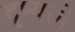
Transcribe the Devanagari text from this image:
दृष्यले